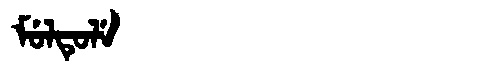
Manchu: ᠮᡠᠯᡨᡠᠯᡝ
Romanization: MULTULE